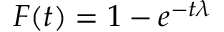
F ( t ) = 1 - e ^ { { - t } { \lambda } }